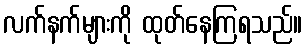
လက်နက်များကို ထုတ်နေကြရသည်။